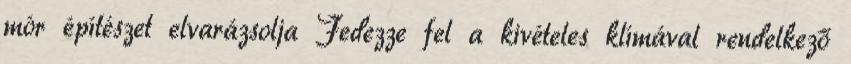
mór építészet elvarázsolja Fedezze fel a kivételes klímával rendelkező